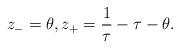
LaTeX: \begin{align*} z_{-}=\theta, z_{+}=\frac{1}{\tau}-\tau -\theta. \end{align*}